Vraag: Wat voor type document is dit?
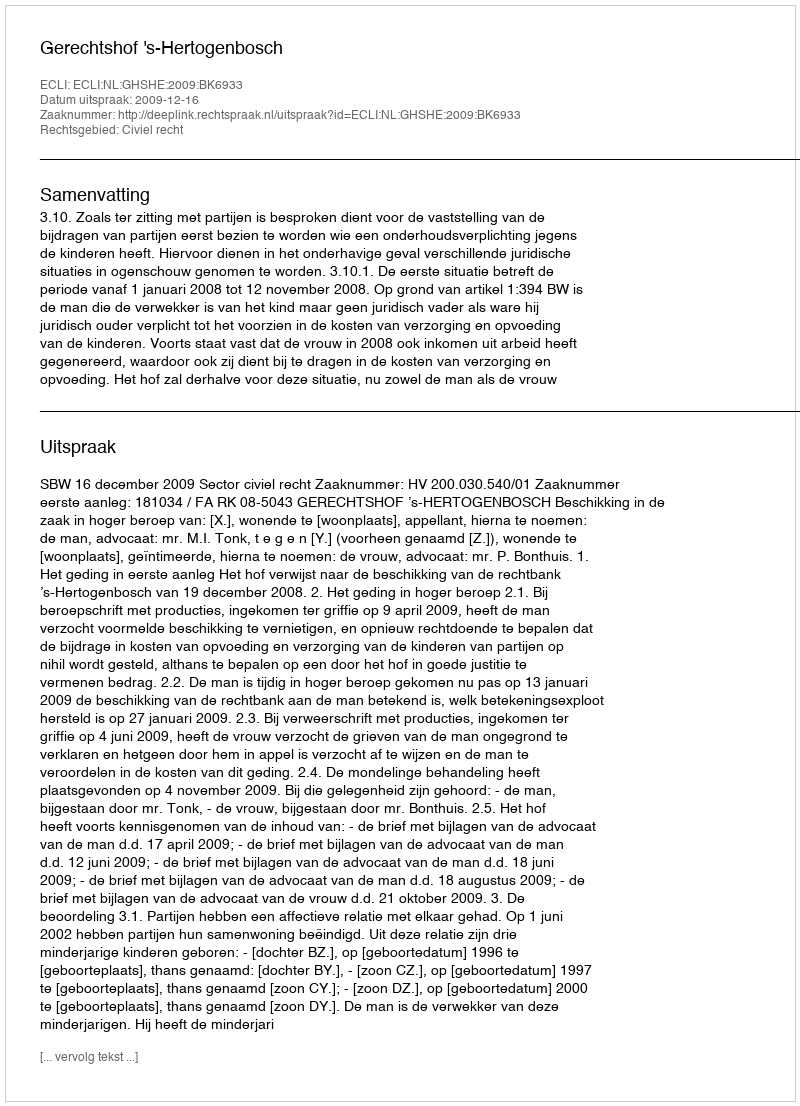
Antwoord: Uitspraak